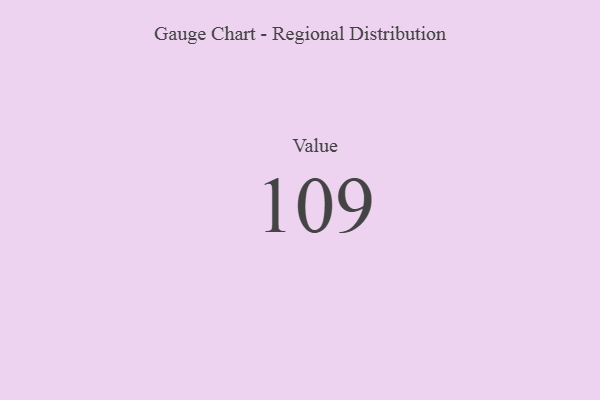
{"axis": {"x": "Metric", "y": "Value"}, "legend": [""], "data": [{"x": "Value", "y": 109, "type": ""}]}